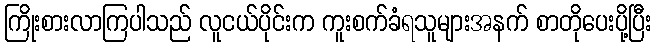
ကြိုးစားလာကြပါသည် လူငယ်ပိုင်းက ကူးစက်ခံရသူများအနက် စာတိုပေးပို့ပြီး